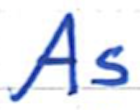
Text: As
Cross-out: clean
Writing tool: ballpoint